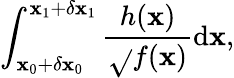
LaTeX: \int_{\mathbf{x}_{0}+\delta\mathbf{x}_{0}}^{\mathbf{x}_{1}+\delta\mathbf{x}_{1}}\frac{{h(\mathbf{x})}}{{\sqrt{}{{f(\mathbf{x})}}}}\mathrm{{d}}\mathbf{x},